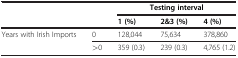
| <ROWSPAN=2-COLSPAN=2>  | <COLSPAN=3> Testing interval |
 | 1 (%) | 2&3 (%) | 4 (%) |
 | --- | --- | --- | --- | --- |
 | <ROWSPAN=2> Years with Irish Imports | 0 | 128,044 | 75,634 | 378,860 |
 | >0 | 359 (0.3) | 239 (0.3) | 4,765 (1.2) |